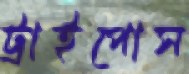
ট্রাইপোস